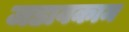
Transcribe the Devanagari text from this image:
जडावकाम